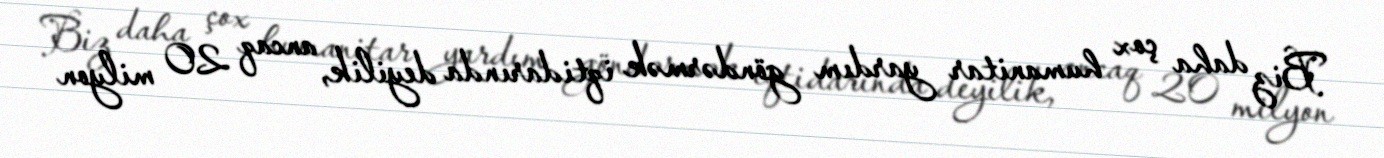
Biz daha çox humanitar yardım göndərmək iqtidarında deyilik, ancaq 20 milyon